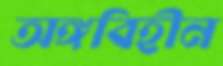
অঙ্গবিহীন